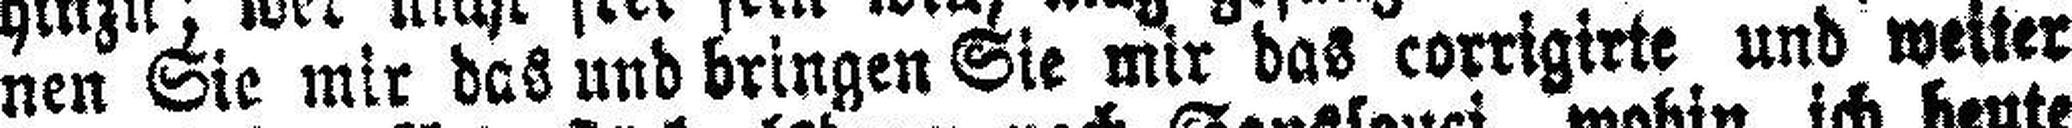
nen Sie mir das und bringen Sie nur das corrigirte und weiter